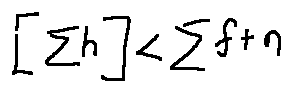
[ \sum h ] < \sum f + n